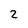
Character: 2